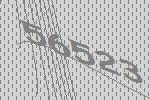
56523